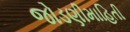
જોડણીમાહિતી